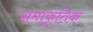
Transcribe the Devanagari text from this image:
समाकृतिक